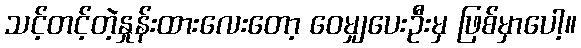
သင့်တင့်တဲ့နှုန်းထားလေးတော့ ဝေမျှပေးဦးမှ ဖြစ်မှာပေါ့။